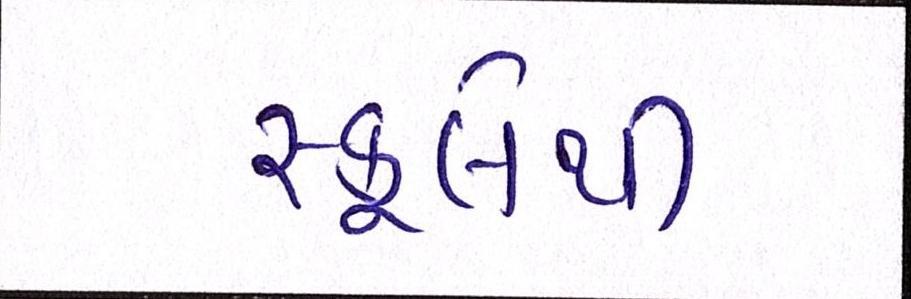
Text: સ્કૂલેથી